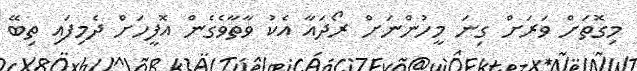
މިގޮތަށް ވަރަށް ގިނަ މީހުންނަށް ރޯދައާ އެކު ވާތާވެގެން އޮފީހަށް ދެމިފައި ތިބޭ